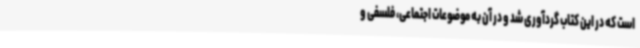
است که در این کتاب گردآوری شد و در آن به موضوعات اجتماعی، فلسفی و